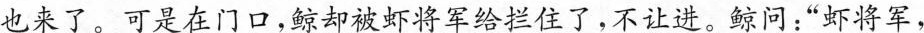
也来了。可是在门口，鲸却被虾将军给拦住了，不让进。鲸问：”虾将军，